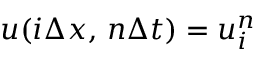
u ( i \Delta x , \, n \Delta t ) = u _ { i } ^ { n }